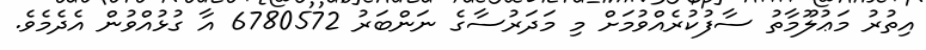
އިތުރު މަޢުލޫމާތު ސާފުކުރެއްވުމަށް މި މަދަރުސާގެ ނަންބަރު 6780572 އާ ގުޅުއްވުން އެދެމެވެ.